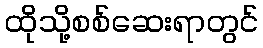
ထိုသို့စစ်ဆေးရာတွင်